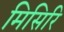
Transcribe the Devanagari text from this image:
मिसिरि